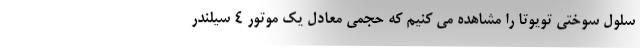
سلول سوختی تویوتا را مشاهده می کنیم که حجمی معادل یک موتور 4 سیلندر